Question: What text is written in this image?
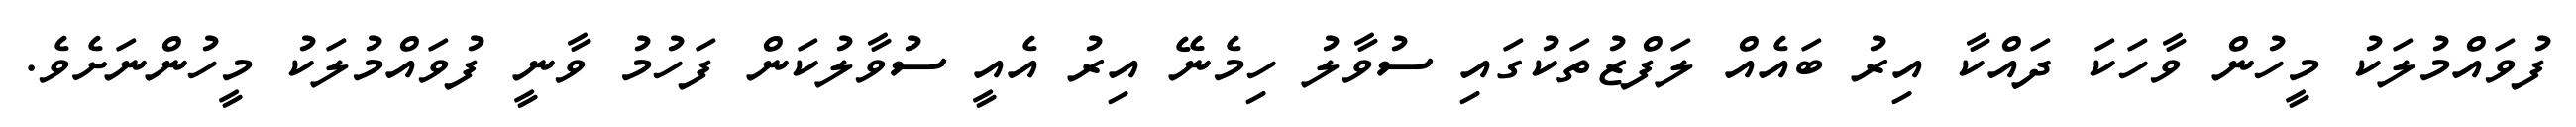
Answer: ފުވައްމުލަކު މީހުން ވާހަކަ ދައްކާ އިރު ބައެއް ލަފްޒުތަކުގައި ސުވާލު ހިމެނޭ އިރު އެއީ ސުވާލުކަން ފަހުމު ވާނީ ފުވައްމުލަކު މީހުންނަށެވެ.